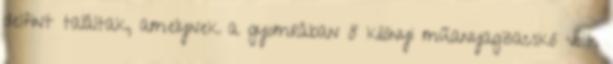
delfint találtak, amelynek a gyomrában 8 kilónyi műanyagzacskó volt.